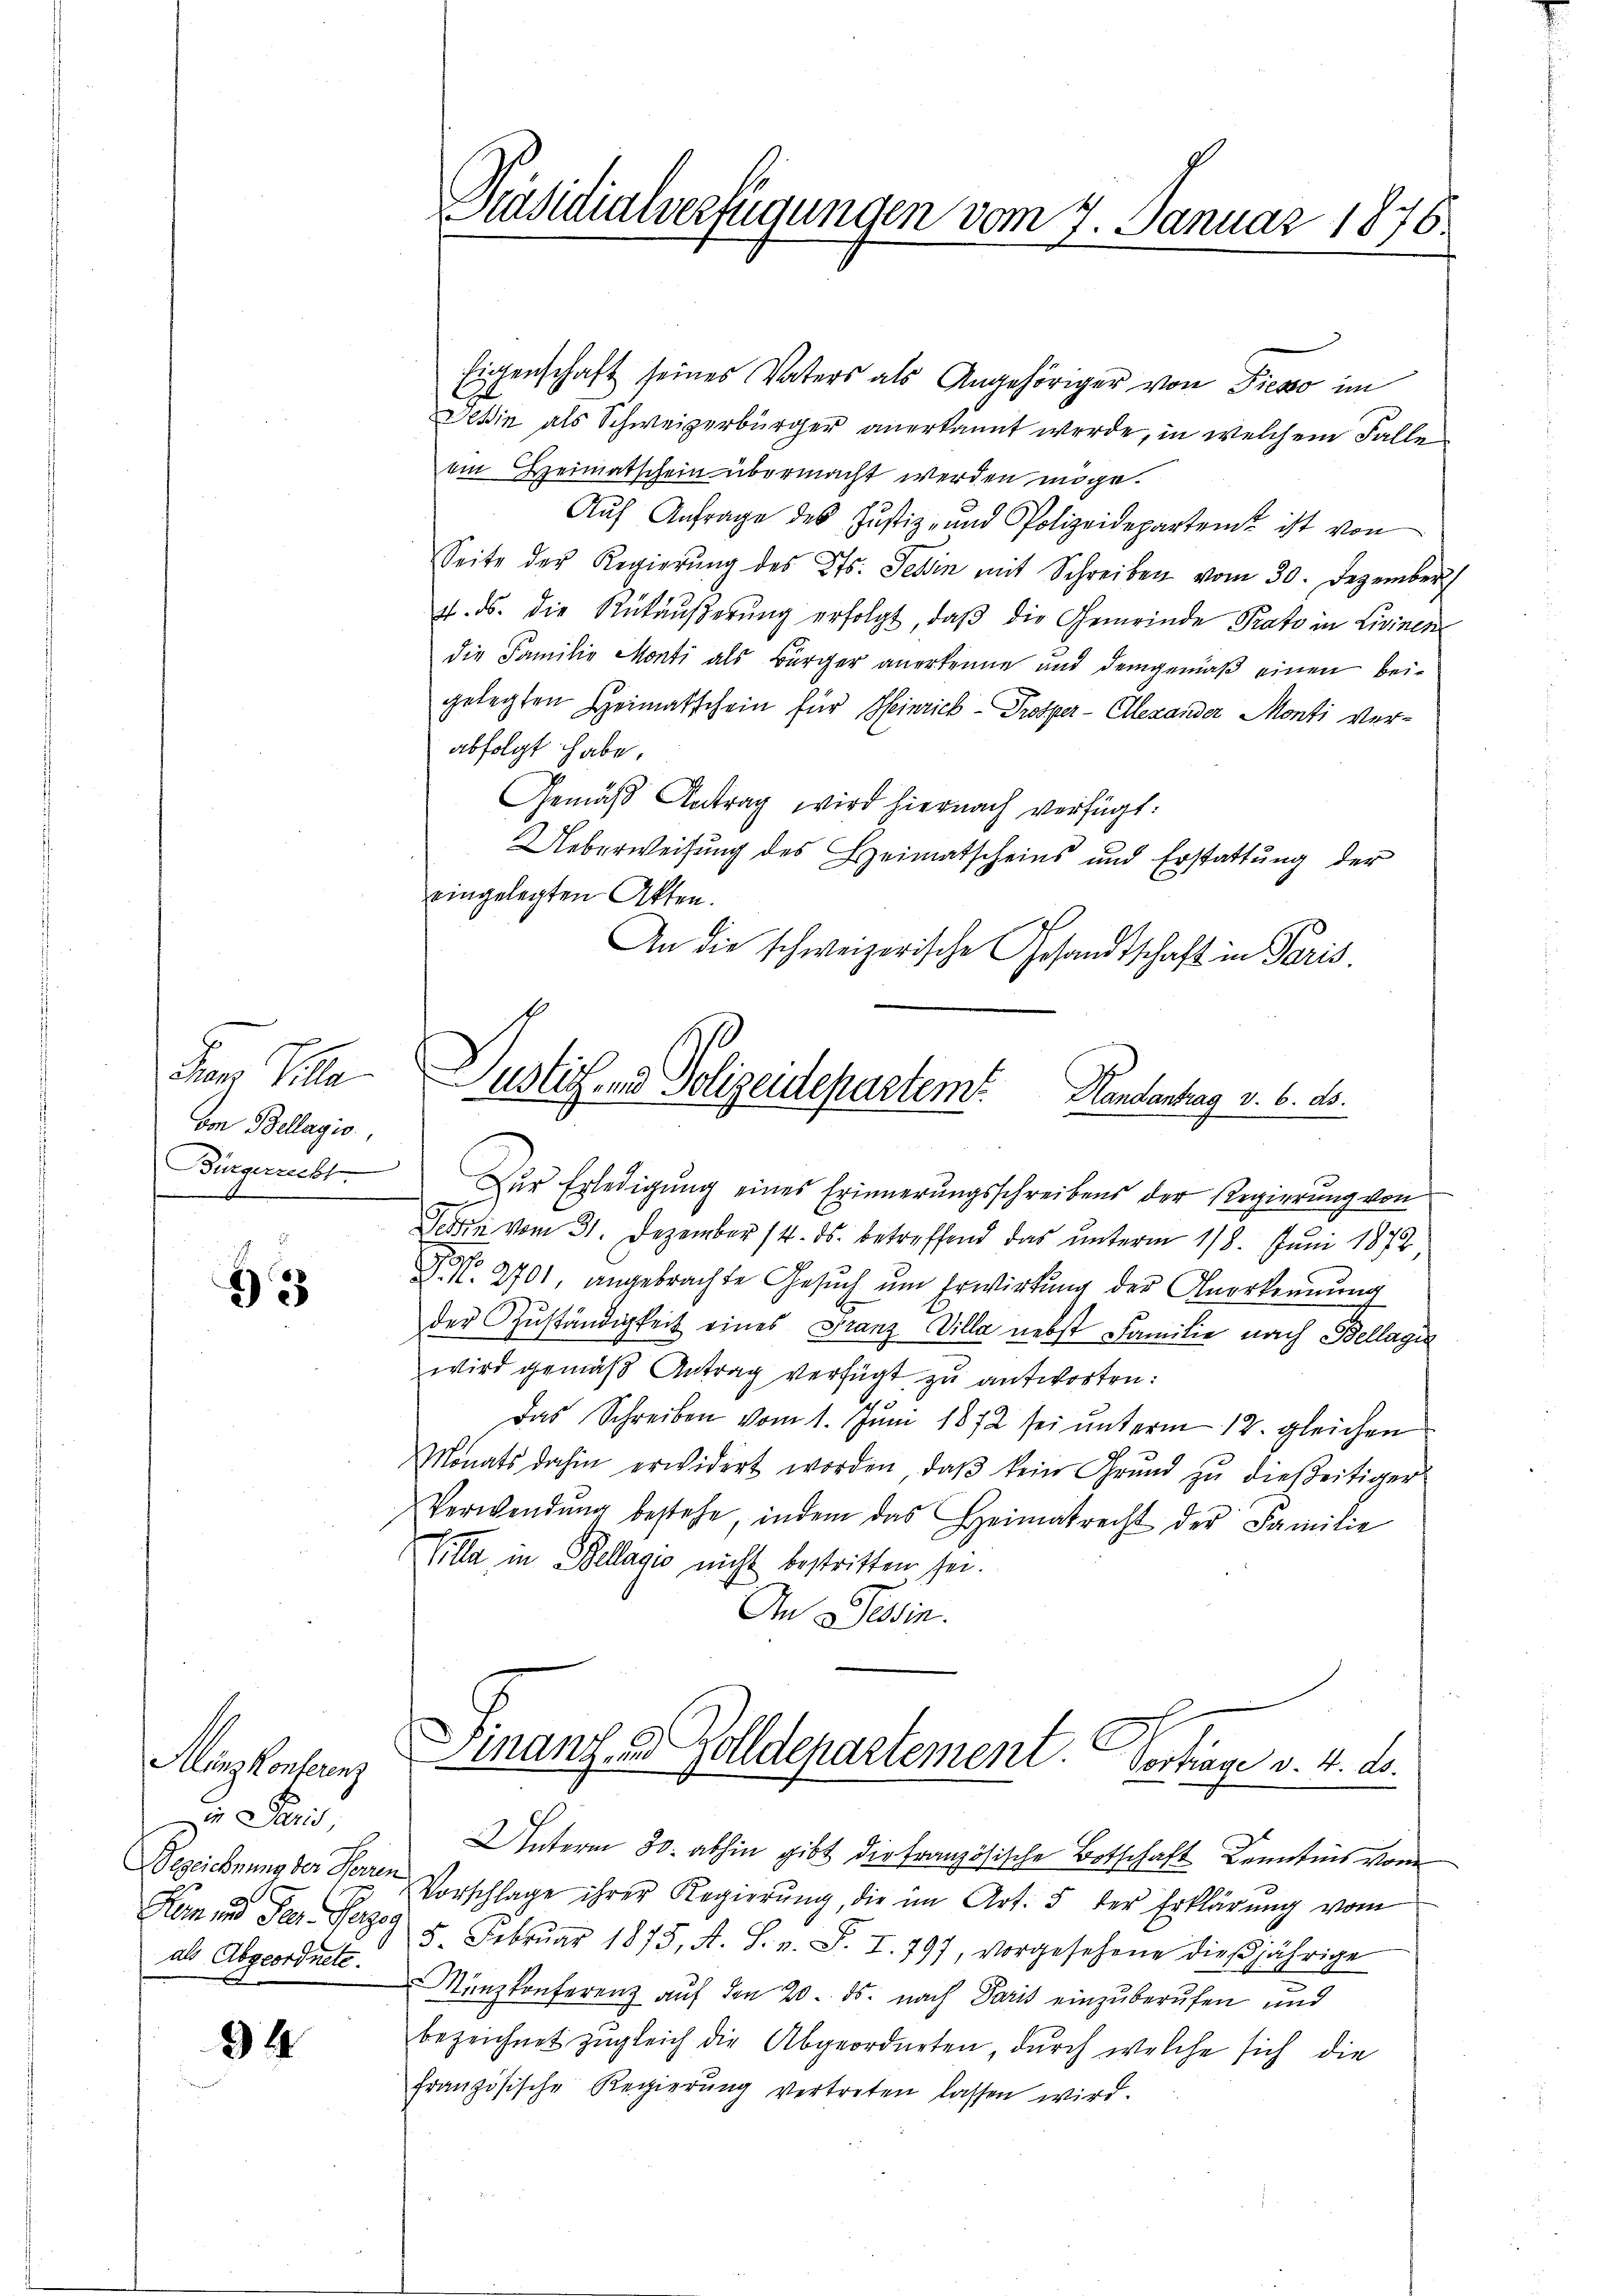
Frars Pille
om Bellagio,
Bürgerrecht

33

Alanzkonferenz
n Paris
als Abgeordnete.

34

Präsidialverfügungen vom 7. Januar 1876.

Eigenschaft seines Vaters als Angehöriger von Fieso im
Fehin als Schweizerbürger anerkannt werde, in welchem Falle
ein Heimatschein übermacht werden möge.
Aŭf Anfrage des Justiz- und Polizeidepartent ist von
Seite der Regierŭng des Kts. Jehin mit Schreiben vom 30. Dezember
4. ds. die Rükäußerung erfolgt, daß die Gemeinde Prato in Livinen
die Familie Monti als Bürger anerkenne und demgemäß einen beigelegten Heimatschein für Heinrick - Prosper-Elexander Monti Verabfolgt habe.
Gemäß Antrag wird hiernach verfügt:
Ueberweisung des Heimatscheins und Erstattung der
eingelegten Akten.
An die schweizerische Gesandtschaft in Paris,

Justiz- & Polizeidepartemt. Handentrag v. 6. ds.

Zur Erledigung eines Erinnerungsschreibens der Regierŭng von
Tessin vom 31. Dezember 14. ds. betreffend das unterm 18. Juni 1872,
F No. 2701, angebrachte Gesŭch ŭm Erwirkung der Anerkennung
der Zuständigkeit eines Franz Villa nebst Familie nach Bellagen
wird gemäß Antrag verfügt zu antworten:
Das Schreiben vom 1. Jŭni 1872 sei ŭnterm 12. gleichen
Monats dahin erwidert worden, daβ kein Grŭnd zŭ dießeitiger
Verwendŭng bestehe, indem das Heimatrecht der Familie
Hille in Bellagio nicht bestritten sei.
6
In dessin.
Finanz u. Zolldepartement. Vertrage v. 4. ds.
Unterm 30. abhin gibt die Französische Botschaft Kenntnis vor
Bezeichnung der Herren Vorschlage ihrer Regierŭng, die im Art. 5 der Erklärŭng vom
Hern und der Parz. 5. Febrŭar 1875, A. S. v. S. I. 797, vorgesehene dieβjährige
Nunzkonferenz auf den 20. ds. nach Paris einzuberufen und
bezeichnet zugleich die Abgeordneten, durch welche sich die
französische Regierŭng vertreten lassen wird.